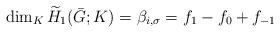
LaTeX: \begin{align*}\dim_K \widetilde{H}_1(\bar{G};K)=\beta_{i,\sigma}= f_1-f_0+f_{-1} \end{align*}